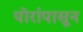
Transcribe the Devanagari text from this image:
पोरांपासून